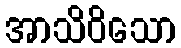
အာသိဝိသော